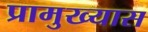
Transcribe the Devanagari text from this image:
प्रामुख्यास